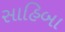
સાહિબા